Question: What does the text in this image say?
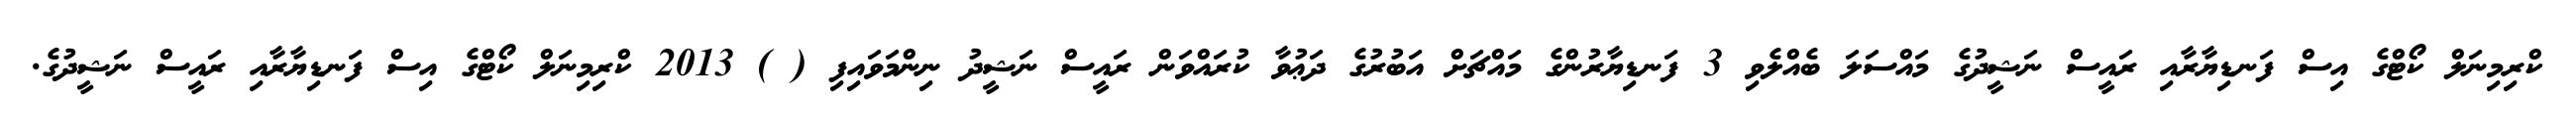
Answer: ކްރިމިނަލް ކޯޓްގެ އިސް ފަނޑިޔާރާއި ރައީސް ނަޝީދުގެ މައްސަލަ ބެއްލެވި 3 ފަނޑިޔާރުންގެ މައްޗަށް އަބުރުގެ ދަޢުވާ ކުރައްވަން ރައީސް ނަޝީދު ނިންމަވައިފި ( ) 2013 ކްރިމިނަލް ކޯޓްގެ އިސް ފަނޑިޔާރާއި ރައީސް ނަޝީދުގެ.